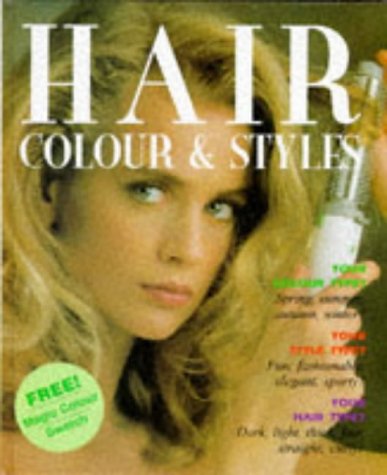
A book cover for Hair Colour & Styles (Picture know-how series); Ellen Bolz; Health, Fitness & Dieting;